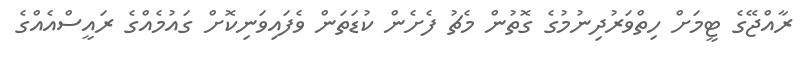
ރާއްޖޭގެ ޓީމަށް ހިތްވަރުދިނުމުގެ ގޮތުން މެޗު ފެށެން ކުޑަތަން ވެފައިވަނިކޮށް ގައުމެއްގެ ރައީސްއެއްގެ